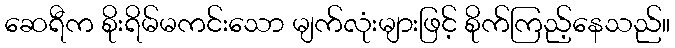
ဆေရီက စိုးရိမ်မကင်းသော မျက်လုံးများဖြင့် စိုက်ကြည့်နေသည်။